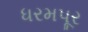
ધરમપૂર